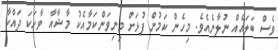
ވެސް ބަލައެއް ނުލާނެއެވެ. މިހެން ކަމުން ފުޅަށް މިނިވަންކަމާއެކު މާޝާއާ ވާހަކަ ދައްކާ